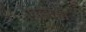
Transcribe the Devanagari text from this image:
विल्लोबी